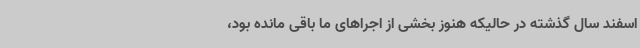
اسفند سال گذشته در حالیکه هنوز بخشی از اجراهای ما باقی مانده بود،